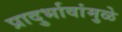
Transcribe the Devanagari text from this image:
प्रादुर्भावांमुळे